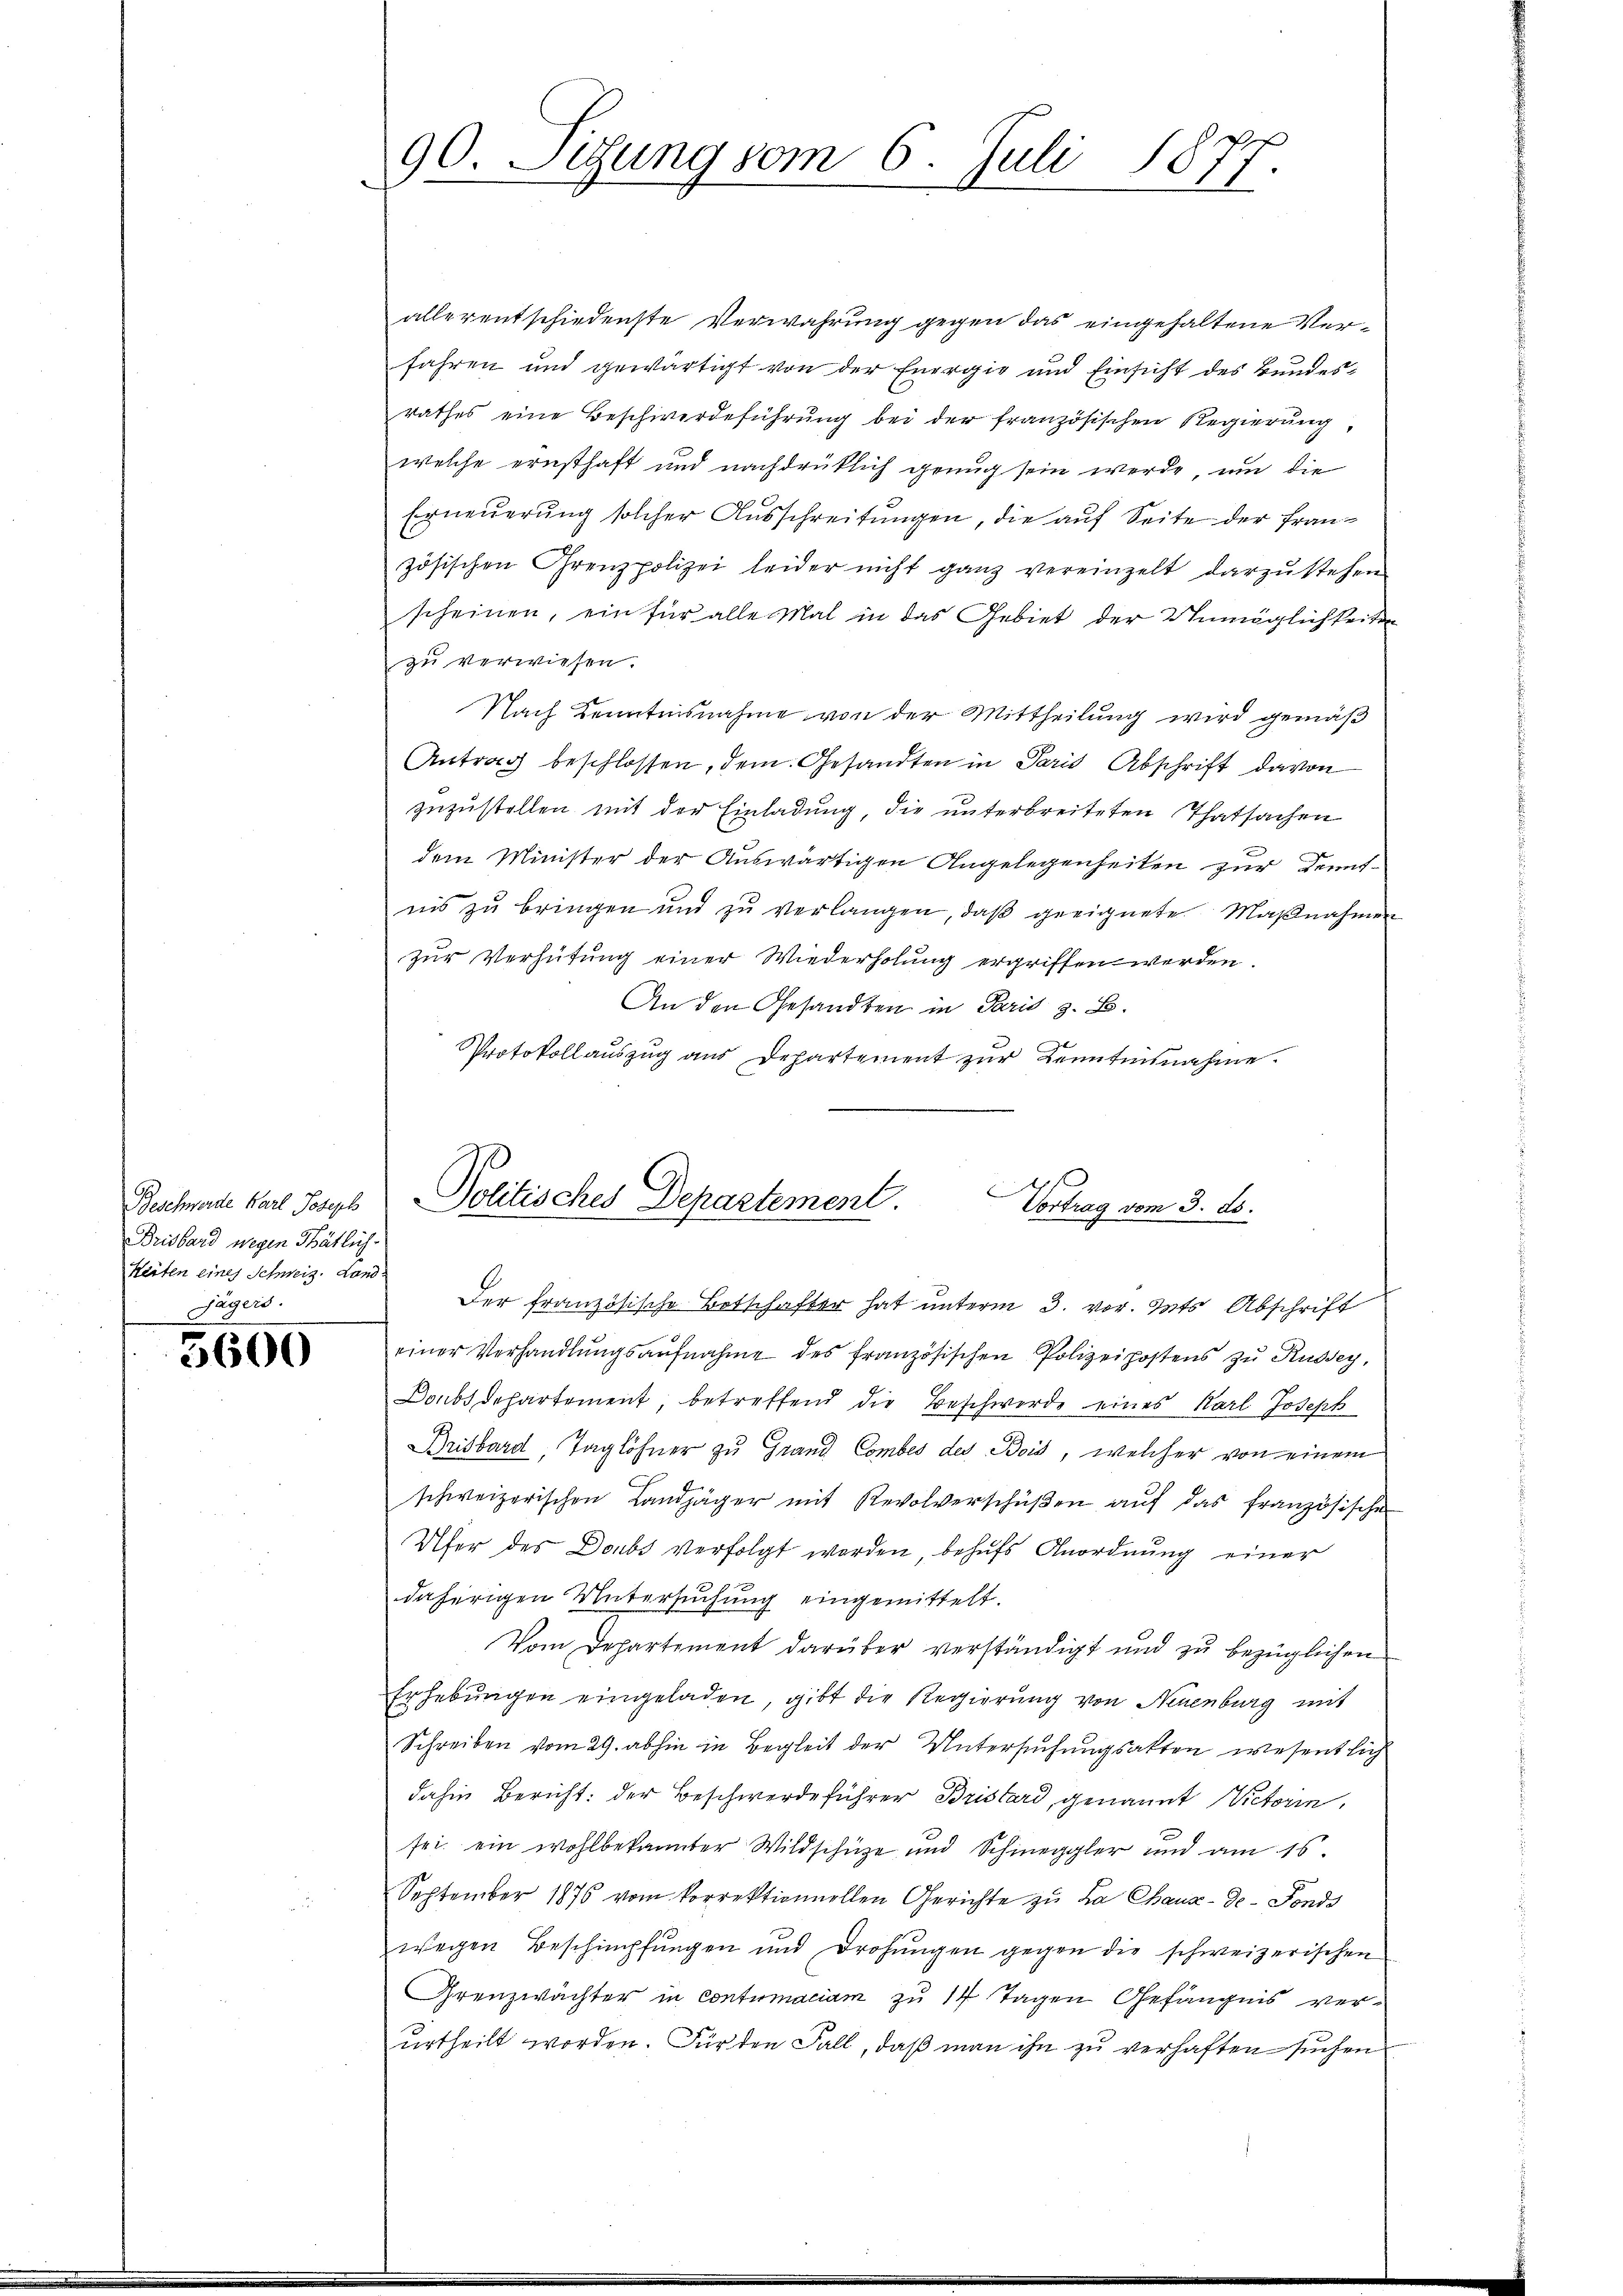
Beschwerde Karl Joseph
Brisbard wegen Thätlich.
Heiten eines Schweiz. Landsägers.
A

.
5600

90. Sitzung vom 6. Juli 187

allerentschiedenste Verwahrung gegen das eingehaltene Verfahren und gewärtigt von der Energie und Einsicht des Bundesrathes eine Beschwerdeführung bei der französischen Regierung
welche ernsthaft und nachdrüklich genug sein werde, um die
Erneuerung solcher Ausschreitungen, die auf Seite der Französischen Grenzpolizei leider nicht ganz vereinzelt darzŭstehen
scheinen, ein für alle Mal in das Gebiet der Unmöglichkeiten
zu verwiesen.
Nach Kenntnisnahme von der Mittheilung wird gemäß
Antrag beschlossen, dem Gesandten in Paris Abschrift davon
zuzustellen mit der Einladung, die unterbreiteten Thatsachen
dem Minister der Auswärtigen Angelegenheiten zur Kennt-
nis zu bringen und zŭ verlangen, daβ geeignete Maßnahmen
zur Verhütung einer Wiederholung ergriffen werden.
An den Gesandten in Paris z. B.
Protokollauszug aus Departement zur Kenntnisnahme.

Politisches Departement.
Vortrag vom 3. ds.
Der französische Betschafter hat ŭnterm 3. vor. Mts. Abschrift

einer Verhandlungsaufnahme des französischen Polizeipostens zu Russey,
Doubsdepartement, betreffend die Beschwerde eines Karl Joseph
Drisbard, Taglöhner zu Grand Combes des Bois, welcher von einem
schweizerischen Landjäger mit Revolverschüβen aŭf das französische
Ufer des Doubs verfolgt worden, behufs Anordnung einer
daherigen Untersuchung eingemittelt.
Vom Departement darüber verständigt und zu bezüglichen
Erhebŭngen eingeladen, gibt die Regierung von Neuenburg mit
Schreiben vom 29. abhin in Begleit der Untersuchungsakten wesentlich
dahin Bericht: der Beschwerdeführer Bristard, genannt Nictorin,
sei ein wohlbekannter Wildschütze und Schmeggler und am 15.
September 1876 vom korrektionnellen Gerichte zu La Chaux-de-Fonds
wegen Beschimpfungen und Drohungen gegen die schweizerischen
Grenzwächter in Contumaciam zu 14 Tagen Gefängnis verurtheilt worden. Für den Fall, daß man ihn zu verhaften suchen